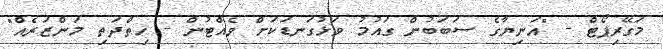
މަގޭރިޕޯޓް - "އަނިޔާގެ ސަބަބުން ގައުމު ވަޅުގަނޑަކަށް ވެއްޓުން - ހިތްދަތި މަންޒަރެއް"